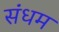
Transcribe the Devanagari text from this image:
संधम